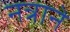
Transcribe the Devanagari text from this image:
नत्राने